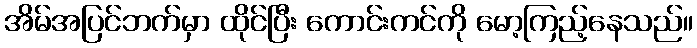
အိမ်အပြင်ဘက်မှာ ထိုင်ပြီး ကောင်းကင်ကို မော့ကြည့်နေသည်။